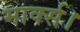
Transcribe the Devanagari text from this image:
मार्क्स।